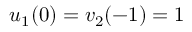
u _ { 1 } ( 0 ) = v _ { 2 } ( - 1 ) = 1